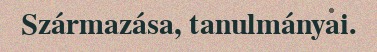
Származása, tanulmányai.